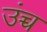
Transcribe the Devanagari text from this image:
उंच्च